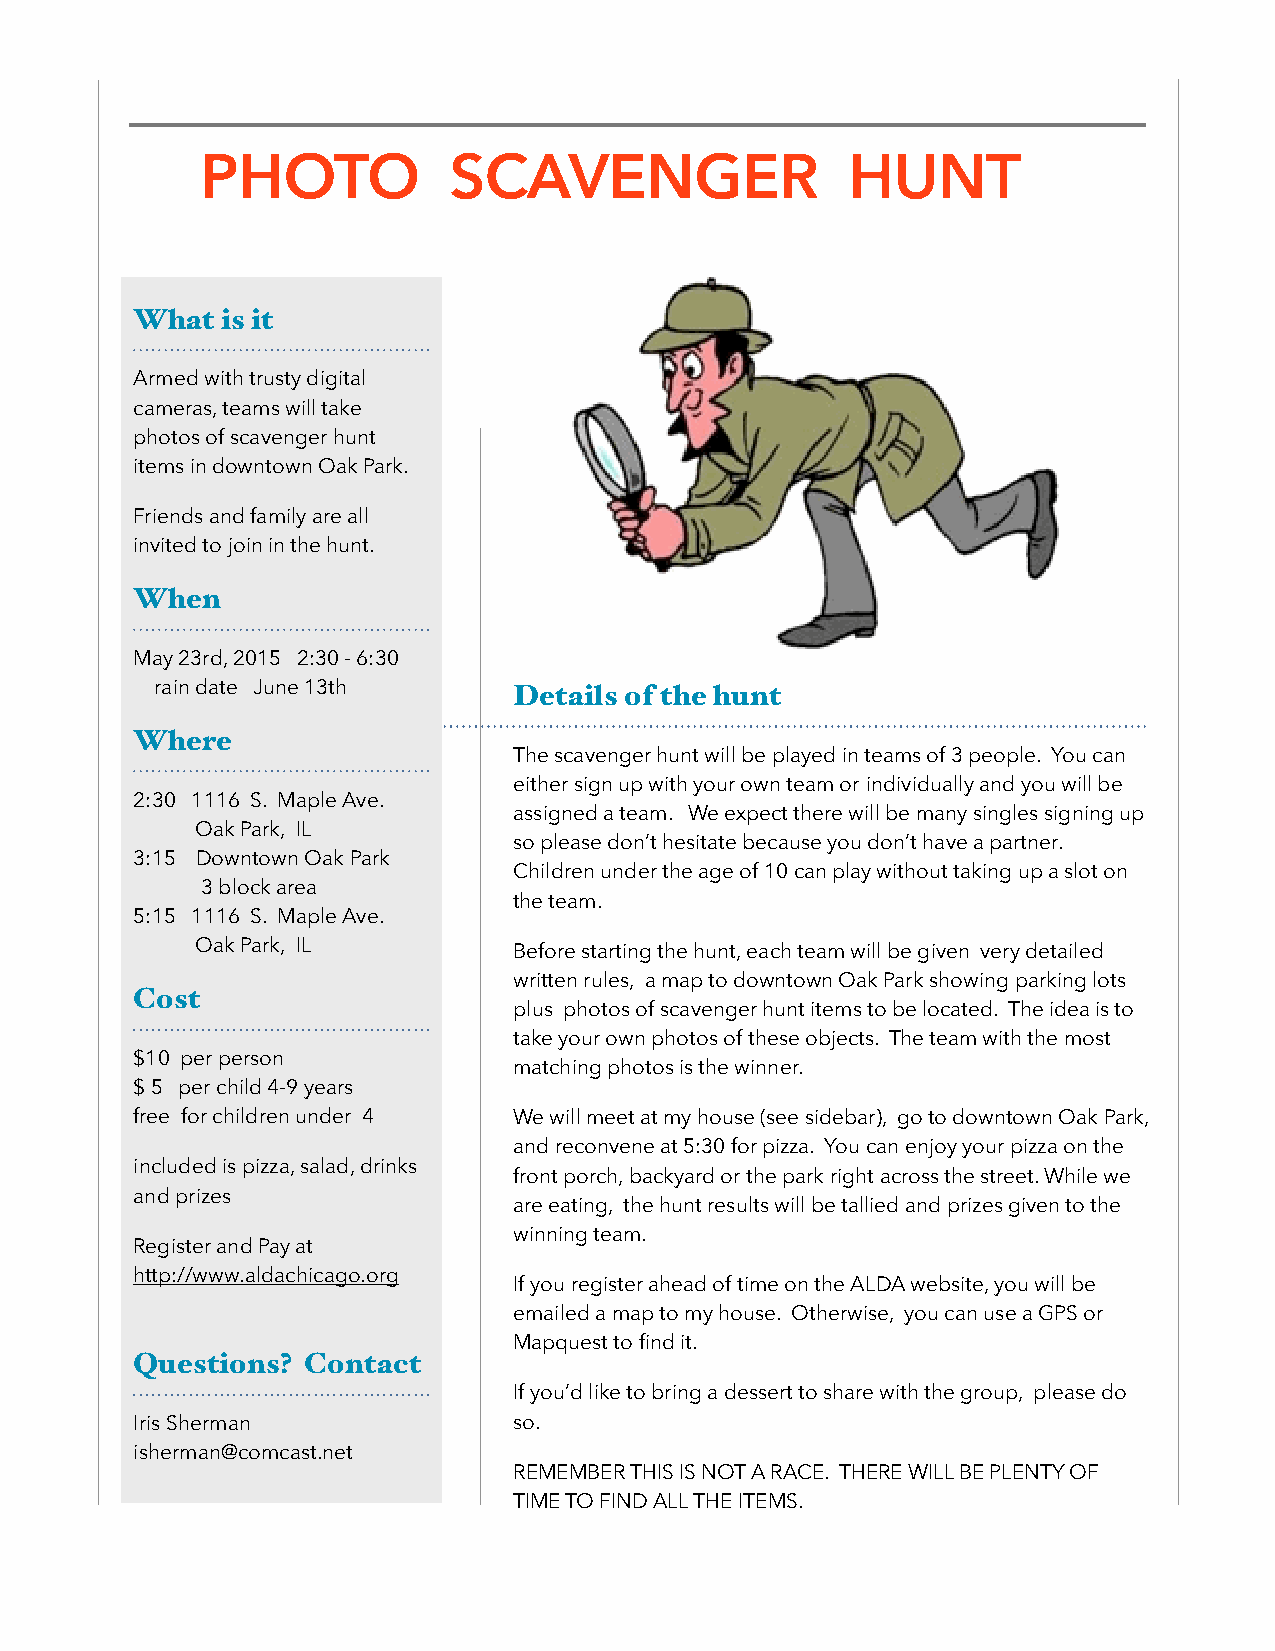
PHOTO            SCAVENGER                 HUNT
 What  is it
 Armed with trusty digital
 cameras, teams will take
 photos of scavenger hunt
 items in downtown Oak Park.
 Friends and family are all
 invited to join in the hunt.
 When
 May 23rd, 2015 2:30 - 6:30
 rain date June 13th     Details of the hunt
 Where
 The scavenger hunt will be played in teams of 3 people. You can
 either sign up with your own team or individually and you will be
 2:30 1116 S. Maple Ave.
 assigned a team. We expect there will be many singles signing up
 Oak Park, IL
 so please don’t hesitate because you don’t have a partner.
 3:15 Downtown Oak Park
 Children under the age of 10 can play without taking up a slot on
 3 block area
 the team.
 5:15 1116 S. Maple Ave.
 Oak Park, IL         Before starting the hunt, each team will be given very detailed
 written rules, a map to downtown Oak Park showing parking lots
 Cost
 plus photos of scavenger hunt items to be located. The idea is to
 take your own photos of these objects. The team with the most
 $10 per person
 matching photos is the winner.
 $ 5 per child 4-9 years
 free for children under 4 We will meet at my house (see sidebar), go to downtown Oak Park,
 and reconvene at 5:30 for pizza. You can enjoy your pizza on the
 included is pizza, salad, drinks
 front porch, backyard or the park right across the street. While we
 and prizes
 are eating, the hunt results will be tallied and prizes given to the
 winning team.
 Register and Pay at
 http://www.aldachicago.org
 If you register ahead of time on the ALDA website, you will be
 emailed a map to my house. Otherwise, you can use a GPS or
 Mapquest to find it.
 Questions? Contact
 If you’d like to bring a dessert to share with the group, please do
 Iris Sherman             so.
 isherman@comcast.net
 REMEMBER THIS IS NOT A RACE. THERE WILL BE PLENTY OF
 TIME TO FIND ALL THE ITEMS.